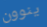
ينوون